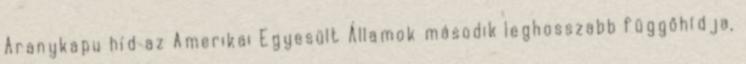
Aranykapu híd az Amerikai Egyesült Államok második leghosszabb függőhídja,